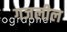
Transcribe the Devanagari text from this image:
गजलील